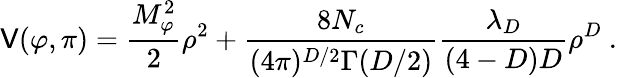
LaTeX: \mathsf{V}(\varphi,\pi)=\frac{{M_{\varphi}^{2}}}{{2}}\rho^{2}+\frac{{8N_{c}}}{{(4\pi)^{D/2}\Gamma(D/2)}}\frac{{\lambda_{D}}}{{(4-D)D}}\rho^{D}\ .